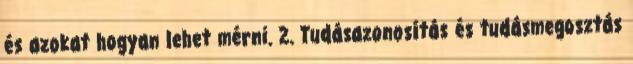
és azokat hogyan lehet mérni. 2. Tudásazonosítás és tudásmegosztás